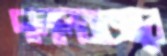
দালালবাজারে